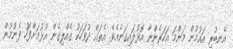
އެނބުރި އައުމުން މަންމަ އަހަރެންނާ އޮޅުލައިގަނެއެވެ. އެތައް ދުވަހަކު ގެއްލިގެން އުޅުމަށްފަހު ފެނުމުން